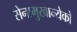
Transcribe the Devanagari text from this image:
सेनामुखान्येको